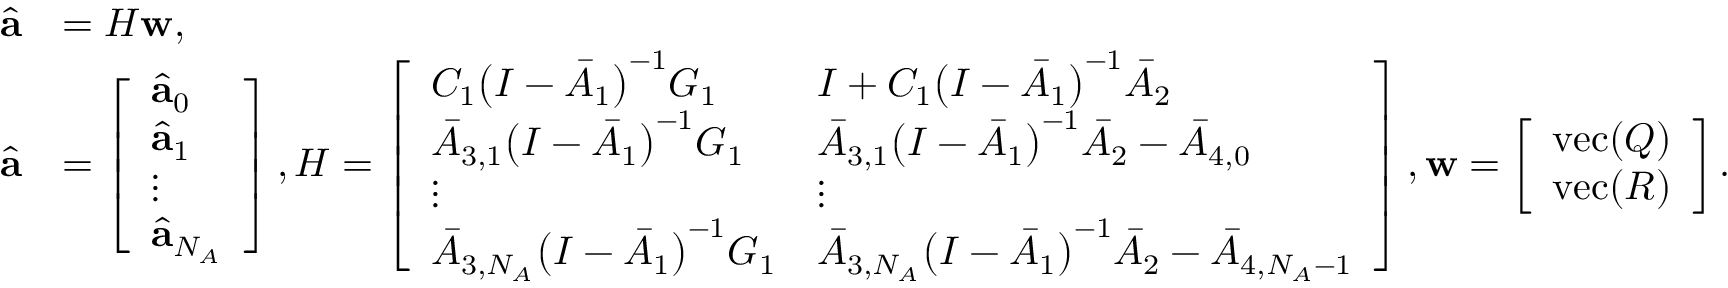
\begin{array} { r l } { \hat { \mathbf { a } } } & { = H \mathbf { w } , } \\ { \hat { \mathbf { a } } } & { = \left[ \begin{array} { l } { \hat { \mathbf { a } } _ { 0 } } \\ { \hat { \mathbf { a } } _ { 1 } } \\ { \vdots } \\ { \hat { \mathbf { a } } _ { N _ { A } } } \end{array} \right] , H = \left[ \begin{array} { l l } { C _ { 1 } \big ( I - \bar { A } _ { 1 } \big ) ^ { - 1 } G _ { 1 } } & { I + C _ { 1 } \big ( I - \bar { A } _ { 1 } \big ) ^ { - 1 } \bar { A } _ { 2 } } \\ { \bar { A } _ { 3 , 1 } \big ( I - \bar { A } _ { 1 } \big ) ^ { - 1 } G _ { 1 } } & { \bar { A } _ { 3 , 1 } \big ( I - \bar { A } _ { 1 } \big ) ^ { - 1 } \bar { A } _ { 2 } - \bar { A } _ { 4 , 0 } } \\ { \vdots } & { \vdots } \\ { \bar { A } _ { 3 , N _ { A } } \big ( I - \bar { A } _ { 1 } \big ) ^ { - 1 } G _ { 1 } } & { \bar { A } _ { 3 , N _ { A } } \big ( I - \bar { A } _ { 1 } \big ) ^ { - 1 } \bar { A } _ { 2 } - \bar { A } _ { 4 , N _ { A } - 1 } } \end{array} \right] , \mathbf { w } = \left[ \begin{array} { l } { \mathrm { v e c } ( Q ) } \\ { \mathrm { v e c } ( R ) } \end{array} \right] . } \end{array}